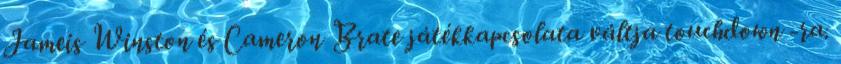
Jameis Winston és Cameron Brate játékkapcsolata váltja touchdown -ra.